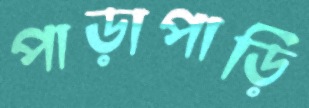
পাড়াপাড়ি